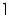
1